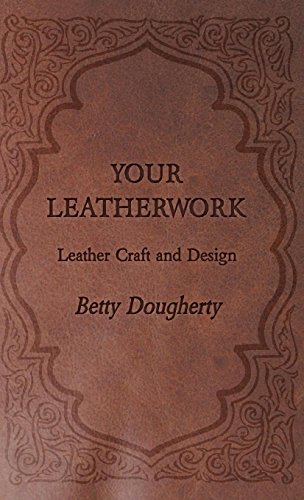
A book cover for Your Leatherwork - Leather Craft and Design; Betty Dougherty; Crafts, Hobbies & Home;